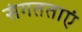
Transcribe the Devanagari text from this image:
संगतताएं